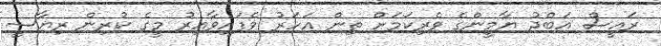
ރައީސް އަބްދު ޔާމީންގެ ވެރިކަމަށް ތިން އަހަރު ވެފައިވާއިރު މީގެ ކުރިން ރިޔާސީ